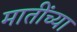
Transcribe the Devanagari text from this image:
मातींच्या